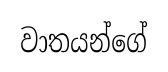
වාතයන්ගේ